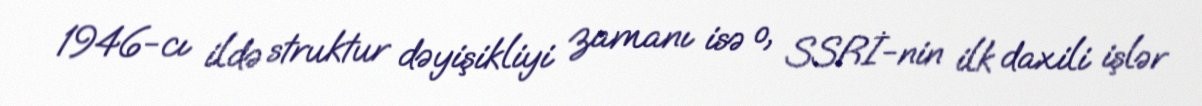
1946-cı ildə struktur dəyişikliyi zamanı isə o, SSRİ-nin ilk daxili işlər